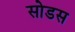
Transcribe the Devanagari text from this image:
सोडस